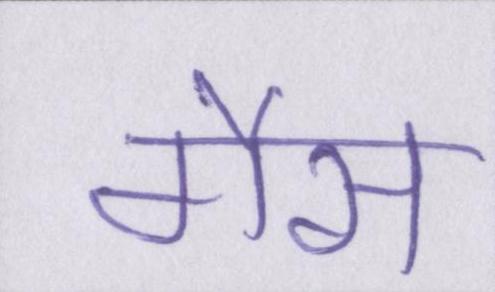
गैस